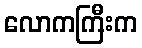
လောကကြီးက